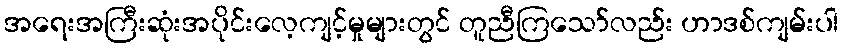
အရေးအကြီးဆုံးအပိုင်းလေ့ကျင့်မှုများတွင် တူညီကြသော်လည်း ဟာဒစ်ကျမ်းပါ